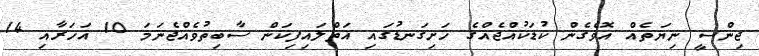
ޖިންސީ ނިޔަތެއް އޮވެގެން ކުޑަކުއްޖެއްގެ ހަށިގަނޑުގައި އަތްލައިފިކަން ސާބިތުވެއްޖެނަމަ 10 އަހަރާއި 14